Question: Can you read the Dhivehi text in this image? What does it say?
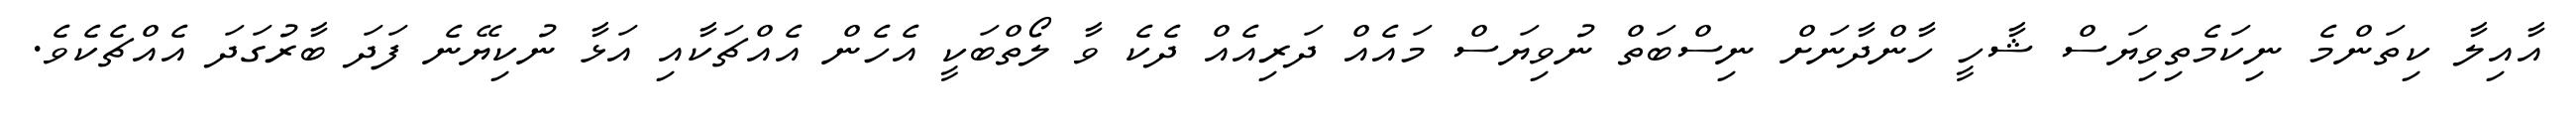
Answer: އާއިލާ ކިތަންމެ ނިކަމެތިވިޔަސް ޝާހީ ހާންދާނަށް ނިސްބަތް ނުވިޔަސް މައެއް ދަރިއެއް ދެކެ ވާ ލޯތްބަކީ އެހެން އެއްޗަކާއި އަޅާ ނުކިޔޭނެ ފަދަ ބާރުގަދަ އެއްޗެކެވެ.